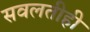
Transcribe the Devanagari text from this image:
सवलतीही